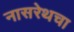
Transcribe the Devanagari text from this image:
नासरेथचा